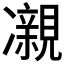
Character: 𫥝